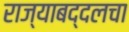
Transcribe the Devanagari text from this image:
राज्याबद्दलचा